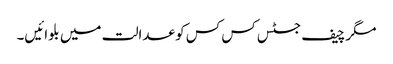
مگر چیف جسٹس کس کس کو عدالت میں بلوائیں۔